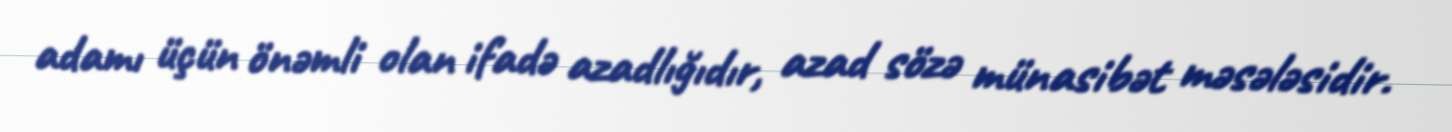
adamı üçün önəmli olan ifadə azadlığıdır, azad sözə münasibət məsələsidir.